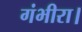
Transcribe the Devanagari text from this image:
गंभीरा।